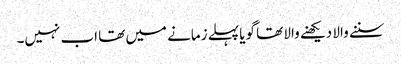
سننے والا دیکھنے والا تھا گویا پہلے زمانے میں تھا اب نہیں۔